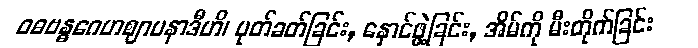
ဝဓဗန္ဓဂေဟဈာပနာဒီဟိ၊ ပုတ်ခတ်ခြင်း, နှောင်ဖွဲ့ခြင်း, အိမ်ကို မီးတိုက်ခြင်း